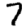
Digit: 7